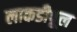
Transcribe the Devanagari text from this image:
लाकडीपूल